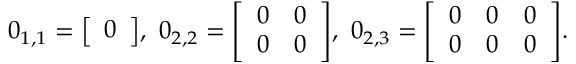
0 _ { 1 , 1 } = { \left[ \begin{array} { l } { 0 } \end{array} \right] } , \ 0 _ { 2 , 2 } = { \left[ \begin{array} { l l } { 0 } & { 0 } \\ { 0 } & { 0 } \end{array} \right] } , \ 0 _ { 2 , 3 } = { \left[ \begin{array} { l l l } { 0 } & { 0 } & { 0 } \\ { 0 } & { 0 } & { 0 } \end{array} \right] } .